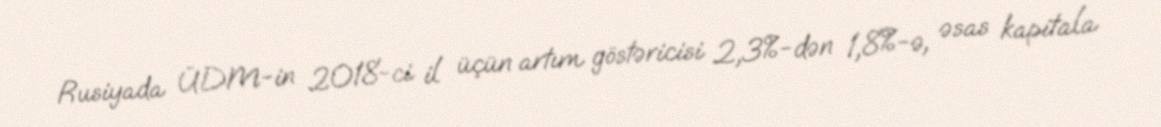
Rusiyada ÜDM-in 2018-ci il üçün artım göstəricisi 2,3%-dən 1,8%-ə, əsas kapitala